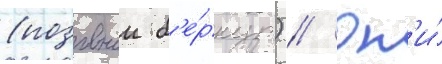
(позывнои б'е́ркут) // Он'и́